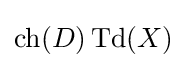
\operatorname {ch} (D)\operatorname {Td} (X)